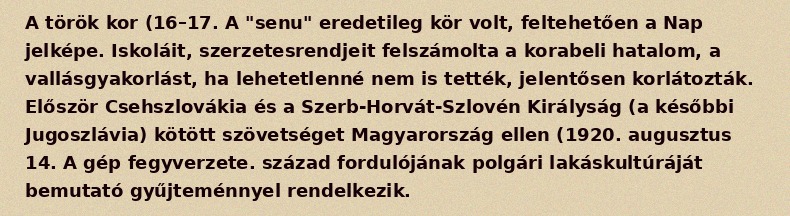
A török kor (16–17. A "senu" eredetileg kör volt, feltehetően a Nap jelképe. Iskoláit, szerzetesrendjeit felszámolta a korabeli hatalom, a vallásgyakorlást, ha lehetetlenné nem is tették, jelentősen korlátozták. Először Csehszlovákia és a Szerb-Horvát-Szlovén Királyság (a későbbi Jugoszlávia) kötött szövetséget Magyarország ellen (1920. augusztus 14. A gép fegyverzete. század fordulójának polgári lakáskultúráját bemutató gyűjteménnyel rendelkezik.